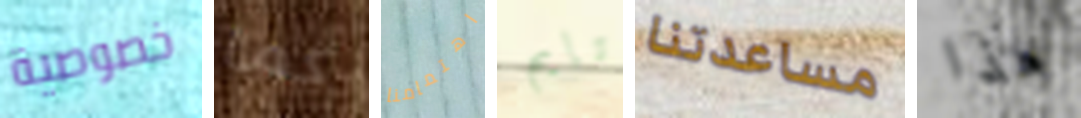
خصوصية كما اهتمامنا تايم مساعدتنا هذا